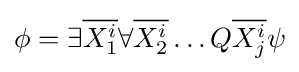
\phi =\exists {\overline {X_{1}^{i}}}\forall {\overline {X_{2}^{i}}}\dots Q{\overline {X_{j}^{i}}}\psi